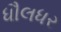
ધૌલધર